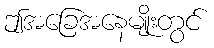
ဤအခြေအနေမျိုးတွင်